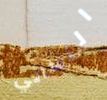
النسائي